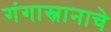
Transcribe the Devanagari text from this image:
गंगास्नानाचे